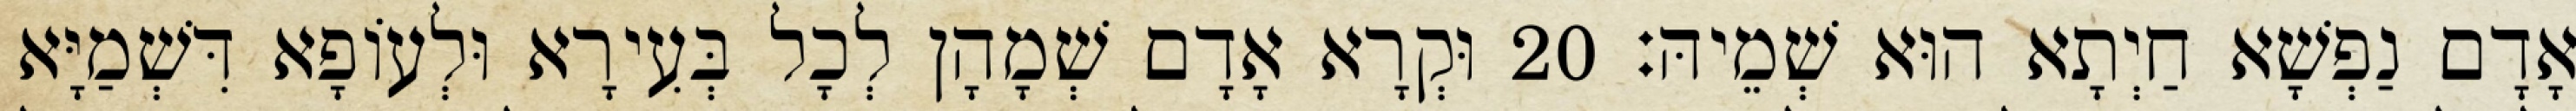
אָדָם נַפְשָׁא חַיְתָא הוּא שְׁמֵיהּ׃ 20 וּקְרָא אָדָם שְׁמָהָן לְכָל בְּעִירָא וּלְעוֹפָא דִּשְׁמַיָּא